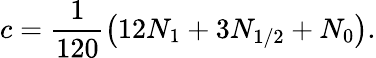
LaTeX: c=\frac{1}{120}\left(12N_{1}+3N_{1/2}+N_{0}\right).